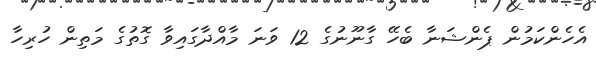
އެހެންކަމުން ޕެންޝަނާ ބެހޭ ގާނޫނުގެ 12 ވަނަ މާއްދާގައިވާ ގޮތުގެ މަތިން ހުރިހާ